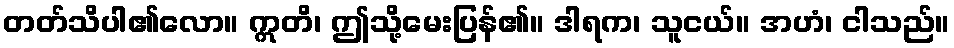
တတ်သိပါ၏လော။ ဣတိ၊ ဤသို့မေးပြန်၏။ ဒါရက၊ သူငယ်။ အဟံ၊ ငါသည်။